Report of the Lahore Medical School Hospital
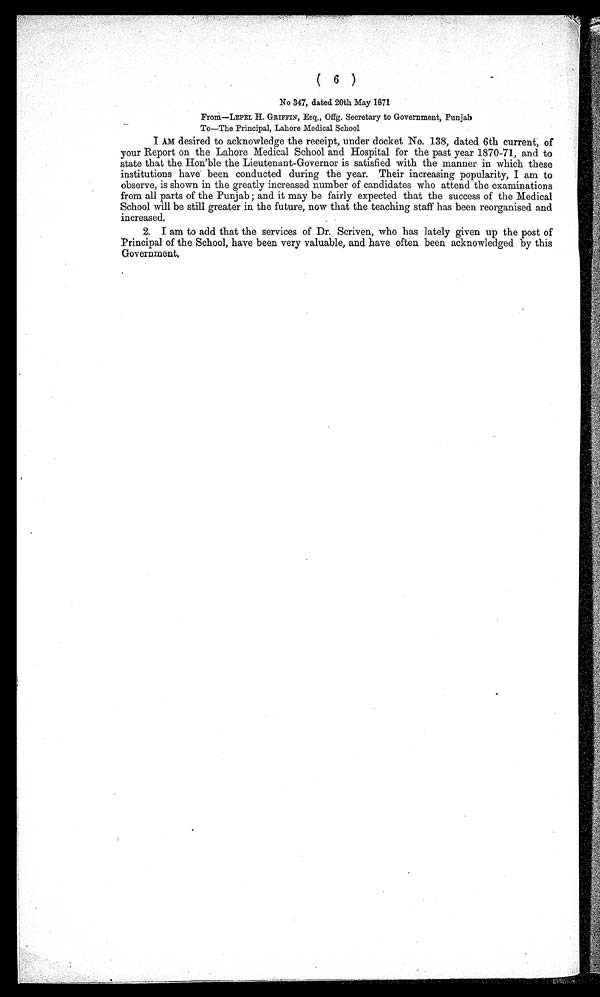
( 6 )
No 347, dated 20th May 1871
From—LEPEL H. GRIFFIN, Esq., Offg. Secretary to Government, Punjab
To—The Principal, Lahore Medical School
I AM desired to acknowledge the receipt, under docket No. 138, dated 6th current, of
your Report on the Lahore Medical School and Hospital for the past year 1870-71, and to
state that the Hon'ble the Lieutenant-Governor is satisfied with the manner in which these
institutions have been conducted during the year. Their increasing popularity, I am to
observe, is shown in the greatly increased number of candidates who attend the examinations
from all parts of the Punjab ; and it may be fairly expected that the success of the Medical
School will be still greater in the future, now that the teaching staff has been reorganised and
increased.
2. I am to add that the services of Dr. Scriven, who has lately given up the post of
Principal of the School, have been very valuable, and have often been acknowledged by this
Government.